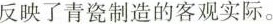
反映了青瓷制造的客观实际。